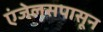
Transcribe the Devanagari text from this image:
एंजेलसपासून